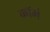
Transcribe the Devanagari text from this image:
कॉमं